Scientific memoirs by medical officers of the Army of India - Part IV,
Year: 1889
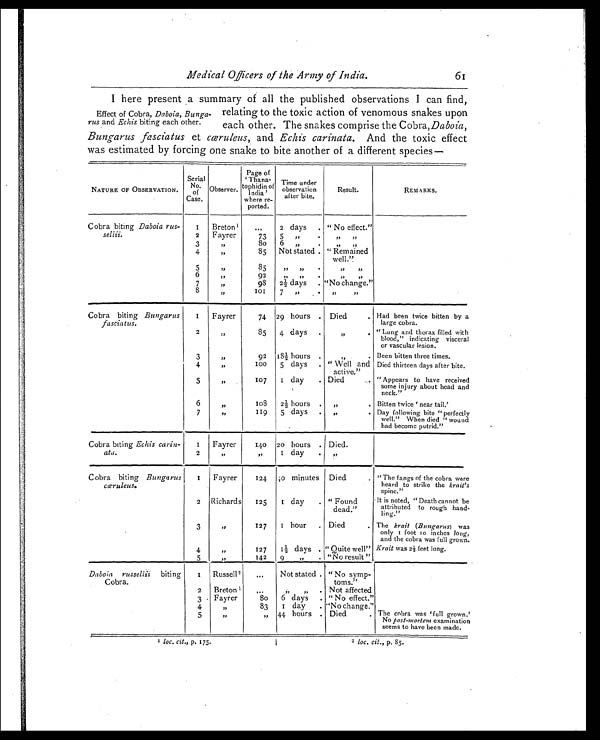
Medical Officers of the Army of India.
61
I here present a summary of all the published observations I can find,
relating to the toxic action of venomous snakes upon
each other. The snakes comprise the Cobra, Daboia ,
Bungarus fasciatus et cæruleus, and Echis carinata. And the toxic effect
was estimated by forcing one snake to bite another of a different species
—
Effect of Cobra, Daboia, Bunga-
rus and Echis biting each other.
NATURE OF OBSERVATION.
Serial
No.
of
Case.
Observer.
Page of
'Thana-
tophidinof
India
where re
ported.
Time under
observation
after bite.
Result.
REMARKS.
Cobra biting Daboia rus-
sellii.
1 Breton1
...
2 days
. " No effect."
2
Fayrer
73
5
,,
.
,, ,,
3
, ,
80
6 „
.
,,, ,,
4
, ,
85
Not stated . "Remained
well."
5
, ,
,,
,,
•
,, ,,
6 ,,
92
,, ,,, •
, ,
, ,
7
, ,
98
2½ days . "No change."
8
, ,
1 0 1
7 ,,
.
"
"
Cobra biting Bungarus
fasciatus.
1 Fayrer
74 2 9 hours . Died
. Had been twice bitten by a
large cobra.
2
,,
85
4 days
.
" .
"Lung and thorax filled with
blood," indicating visceral
or vascular lesion.
3
"
92
18½ hours .
" .
Been bitten three times.
4
"
100
5 days . " Well and
active."
Died thirteen days after bite.
5
"
107
1 day .
Died .
"Appears to have received
some injury about head and
neck."
6 "
1 0 8
2½, hours .
" .
Bitten twice ' near tail.'
7
,,
119
5 days .
„
. Day following bite "perfectly
well." When died "wound
had become putrid."
Cobra biting Echis carin-
ata.
1
Fayrer
140 20 hours . Died.
2
"
,,
1 day
.
"
Cobra biting Bungarus
cæruleus.
1
Fayrer
124 10 minutes Died
. "The fangs of the cobra were
heard to strike the krait's
spine."
2
Richards
125
1 day .
" Found
dead."
It is noted, " Death cannot be
attributed to rough hand-
ling."
3
"
127
1 hour
. Died
. The krait (Bungarus) was
only 1 foot 10 inches long,
and the cobra was full grown.
4
"
127
1½ days . " Quite well" Krait was 2½ feet long.
5
„
142
9 „ .
"No result "
Daboia russellii biting
Cobra.
1
Russell 2
...
Not stated . " No symp-
toms."
2
Breton 1
...
„ . Not affected.
3
Fayrer
8 0 6 days . " No effect."
4
"
83
1 day
. "No change."
5
"
„
44 hours . Died
. The cobra was ' full grown.'
No post-mortem examination
seems to have been made.
1 loc. cit., p. 175.
2 loc. cit., p. 85.